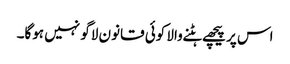
اس پر پیچھے ہٹنے والا کوئی قانون لاگو نہیں ہوگا۔